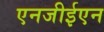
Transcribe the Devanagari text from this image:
एनजीईएन